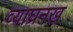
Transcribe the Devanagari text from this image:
व्याघ्रनख